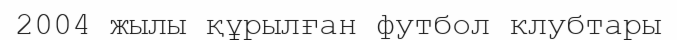
2004 жылы құрылған футбол клубтары